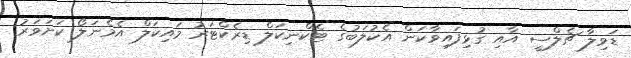
ޑަވިލާ ޗެލްސީ އާއި ގުޅިފައިވާކަން އެކުލަބުގެ ޓެކްނިކަލް ޑިރެކްޓަރު މައިކަލް އެމެނަލޯ ކަށަވަރު